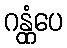
ဂန္တုံပေ